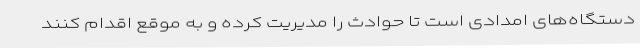
دستگاه‌های امدادی است تا حوادث را مدیریت کرده و به موقع اقدام کنند